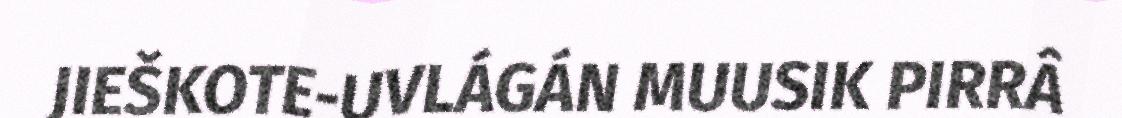
JIEŠKOTE-UVLÁGÁN MUUSIK PIRRÂ